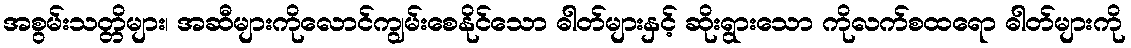
အစွမ်းသတ္တိများ၊ အဆီများကိုလောင်ကျွမ်းစေနိုင်သော ဓါတ်များနှင့် ဆိုးရွားသော ကိုလက်စထရော ဓါတ်များကို